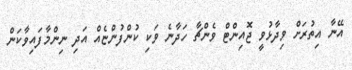
އޭނާ އިތުރަށް ވިދާޅުވީ ޖޮއިންޓް ވެންޗާ ހަދާނެ ވަކި ކުންފުންޏެއް އަދި ނިންމާފައިވާކަން